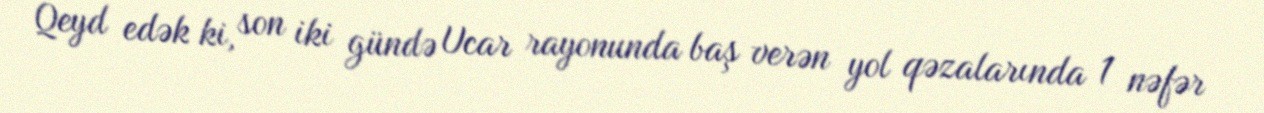
Qeyd edək ki, son iki gündə Ucar rayonunda baş verən yol qəzalarında 1 nəfər